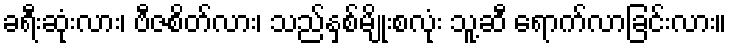
ခရီးဆုံးလား၊ ဗီဇစိတ်လား၊ သည်နှစ်မျိုးစလုံး သူ့ဆီ ရောက်လာခြင်းလား။